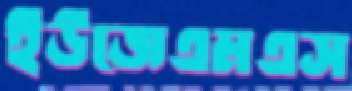
ইউজেএমএস